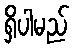
ရှိပါမည်